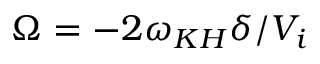
\Omega = - 2 \omega _ { K H } \delta / V _ { i }